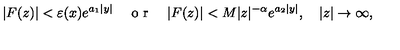
\vert F ( z ) \vert < \varepsilon ( x ) e ^ { a _ { 1 } \vert y \vert } \quad \textrm { o r } \quad \vert F ( z ) \vert < M \vert z \vert ^ { - \alpha } e ^ { a _ { 2 } \vert y \vert } , \quad \vert z \vert \to \infty ,